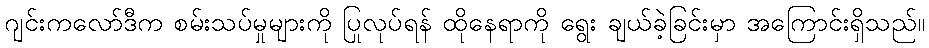
ဂျင်းကလော်ဒီက စမ်းသပ်မှုများကို ပြုလုပ်ရန် ထိုနေရာကို ရွေး ချယ်ခဲ့ခြင်းမှာ အကြောင်းရှိသည်။